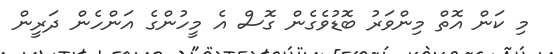
މި ކަން އޮތް މިންވަރު ބޮޑުވެގެން ގޮސް އެ މީހުންގެ އަންހެން ދަރީން